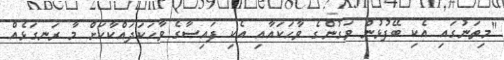
"މިތަނުގައި އެކި ބޭފުޅުން ވަގުންގެ ވާހަކައާއި އެކި ފައިސާގެ ވާހަކަދައްކާކަށް މާ ރަނގަޅެއް